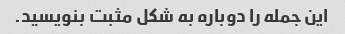
این جمله را دوباره به شکل مثبت بنویسید.